Lunatic asylums Central Provinces reports 1886-1894 - 1886-1894
Year: 1886
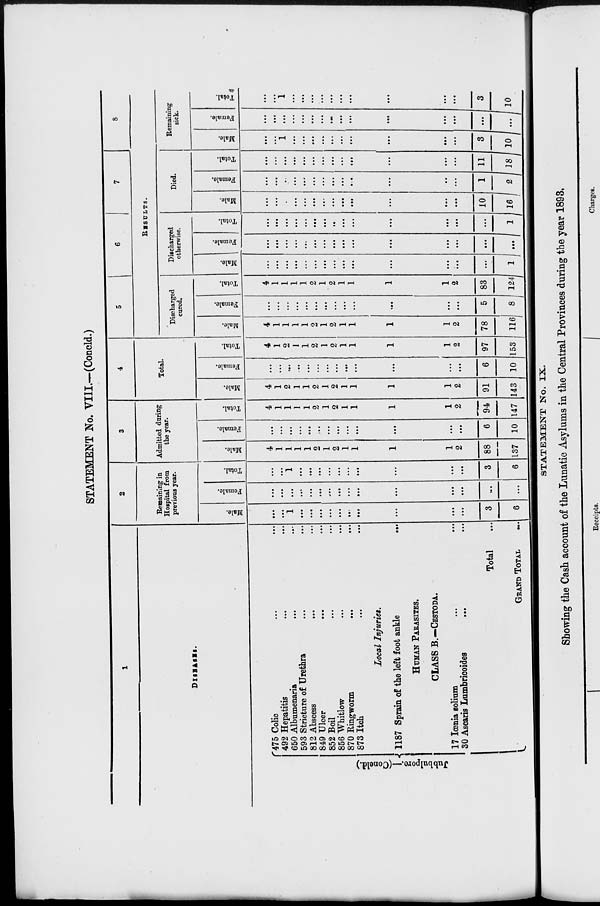
STATEMENT No. VIII—(Concld.)
1
DISEASES.
Jubbulpore.—(Concld.)
475 Colic ... ...
492 Hepatitis ... ...
650 Albumenaria ... ...
593 Stricture of Urethra ... ...
812 Abscess ... ...
849 Ulcer ... ...
852 Boil ... ...
856 Whitlow ... ...
870 Ringworm ... ...
873 Itch ... ...
Local Injuries.
1187 Sprain of the left foot ankle
...
HUMAN PARASITES.
CLASS B.—CESTODA.
17 Iœnia solium ... ...
30 Ascaris Lumbricoides ... ...
Total ...
GRAND TOTAL ...
2
Remaining in
Hospital from
previous year.
Male.
...
...
1
...
...
...
...
...
...
...
...
...
...
3
6
Female.
...
...
...
...
...
...
...
...
...
...
...
...
...
...
...
Total.
...
...
1
...
...
...
...
...
...
...
...
...
...
3
6
3
Admitted during
the year.
Male.
4
1
1
1
1
2
1
2
1
1
1
1
2
88
137
Female.
...
...
...
...
...
...
...
...
...
...
...
...
...
6
10
Total.
4
1
1
1
1
2
1
2
1
1
1
1
2
94
147
4
Total.
Male.
4
1
2
1
1
2
1
2
1
1
1
1
2
91
143
Female.
...
...
...
...
...
...
...
...
...
...
...
...
...
6
10
Total.
4
1
2
1
1
2
1
2
1
1
1
1
2
97
153
5
6
7
8
RESULTS.
Discharged
cured.
Male.
4
1
1
1
1
2
1
2
1
1
1
1
2
78
116
Female.
...
...
...
...
...
...
...
...
...
...
...
...
...
5
8
Total.
4
1
1
1
1
2
1
2
1
1
1
1
2
83
124
Discharged
otherwise.
Male.
...
...
...
...
...
...
...
...
...
...
...
...
...
...
1
Female.
...
...
...
...
...
...
...
...
...
...
...
...
...
...
...
Total.
...
...
...
...
...
...
...
...
...
...
...
...
...
...
1
Died.
Male.
...
...
...
...
...
...
...
...
...
...
...
...
...
10
16
Female.
...
...
...
...
...
...
...
...
...
...
...
...
...
1
2
Total.
...
...
...
...
...
...
...
...
...
...
...
...
...
11
18
Remaining
sick.
Male.
...
...
1
...
...
...
...
...
...
...
...
...
...
3
10
Female.
...
...
...
...
...
...
...
...
...
...
...
...
...
...
...
Total.
...
...
1
...
...
...
...
...
...
...
...
...
...
3
10